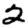
Digit: 2